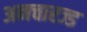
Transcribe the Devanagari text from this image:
अनचारज्ड